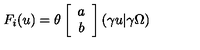
F _ { i } ( u ) = \theta \left[ \begin{array} { c } { a } \\ { b } \\ \end{array} \right] \left( \gamma u | \gamma \Omega \right)